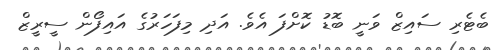
ބެޓެރި ސައިޒް ވަނީ ބޮޑު ކޮށްފަ އެވެ. އަދި މިފަހަރުގެ އައިފޯން ސީރީޒް